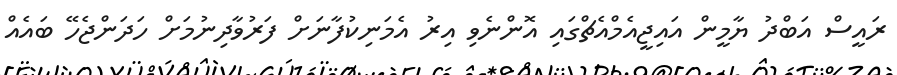
ރައީސް އަބްދު ޔާމީން އައިޖީއެމްއެޗްގައި އޮންނެވި އިރު އެމަނިކުފާނަށް ފަރުވާދިނުމަށް ހަދަންޖެހޭ ބައެއް